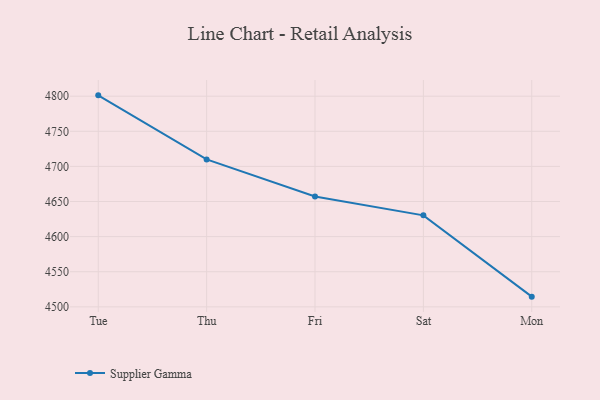
{"axis": {"x": "Day", "y": "Latency (ms)"}, "legend": ["Supplier Gamma"], "data": [{"x": "Tue", "y": 4801.2, "type": "Supplier Gamma"}, {"x": "Thu", "y": 4709.9, "type": "Supplier Gamma"}, {"x": "Fri", "y": 4657.2, "type": "Supplier Gamma"}, {"x": "Sat", "y": 4630.3, "type": "Supplier Gamma"}, {"x": "Mon", "y": 4514.5, "type": "Supplier Gamma"}]}